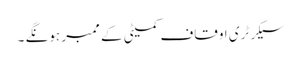
سیکرٹری اوقاف کمیٹی کے ممبر ہونگے ۔